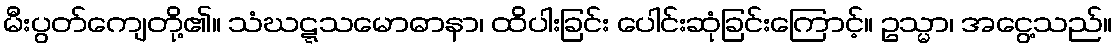
မီးပွတ်ကျေတို့၏။ သံဃဋ္ဋသမောဓာနာ၊ ထိပါးခြင်း ပေါင်းဆုံခြင်းကြောင့်။ ဥသ္မာ၊ အငွေ့သည်။